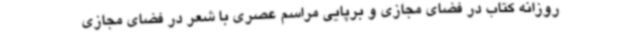
روزانه کتاب در فضای مجازی و برپایی مراسم عصری با شعر در فضای مجازی